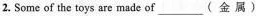
2. Some of the toys are made of___（金 属）